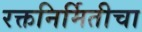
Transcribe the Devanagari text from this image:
रक्तनिर्मितीचा